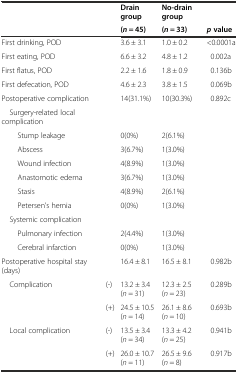
|  |  | Drain group | No-drain group |  |
 |  |  | (n = 45) | (n = 33) | pvalue |
 | --- | --- | --- | --- | --- |
 | First drinking, POD |  | 3.6 ± 3.1 | 1.0 ± 0.2 | <0.0001a |
 | First eating, POD |  | 6.6 ± 3.2 | 4.8 ± 1.2 | 0.002a |
 | First flatus, POD |  | 2.2 ± 1.6 | 1.8 ± 0.9 | 0.136b |
 | First defecation, POD |  | 4.6 ± 2.3 | 3.8 ± 1.5 | 0.069b |
 | Postoperative complication |  | 14(31.1%) | 10(30.3%) | 0.892c |
 | Surgery-related local complication |  |  |  |  |
 | Stump leakage |  | 0(0%) | 2(6.1%) |  |
 | Abscess |  | 3(6.7%) | 1(3.0%) |  |
 | Wound infection |  | 4(8.9%) | 1(3.0%) |  |
 | Anastomotic edema |  | 3(6.7%) | 1(3.0%) |  |
 | Stasis |  | 4(8.9%) | 2(6.1%) |  |
 | Petersen’s hernia |  | 0(0%) | 1(3.0%) |  |
 | Systemic complication |  |  |  |  |
 | Pulmonary infection |  | 2(4.4%) | 1(3.0%) |  |
 | Cerebral infarction |  | 0(0%) | 1(3.0%) |  |
 | Postoperative hospital stay (days) |  | 16.4 ± 8.1 | 16.5 ± 8.1 | 0.982b |
 | Complication | (-) | 13.2 ± 3.4(n = 31) | 12.3 ± 2.5(n = 23) | 0.289b |
 |  | (+) | 24.5 ± 10.5(n = 14) | 26.1 ± 8.6(n = 10) | 0.693b |
 | Local complication | (-) | 13.5 ± 3.4(n = 34) | 13.3 ± 4.2(n = 25) | 0.941b |
 |  | (+) | 26.0 ± 10.7(n = 11) | 26.5 ± 9.6(n = 8) | 0.917b |